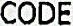
CODE